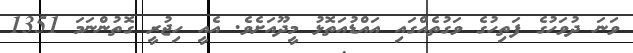
ވަނަ ދުވަހުގެ ފަތިހުގެ ވަގުތެއްގައި އައްޑުއަތޮޅު މީދޫއަށެވެ. އެއީ ހިޖުރީ ގޮތުންނަމަ 1351